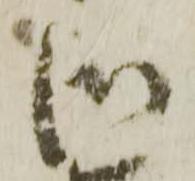
御